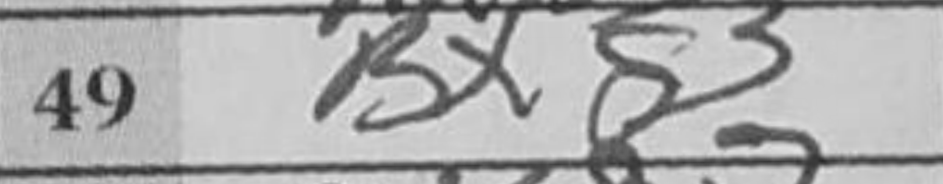
Transcription: Bxg3